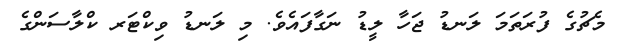
މެޗުގެ ފުރަތަމަ ލަނޑު ޖަހާ ލީޑު ނަގާފައެވެ. މި ލަނޑު ވިކްޓަރ ކްލާސަންގެ